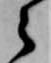
之